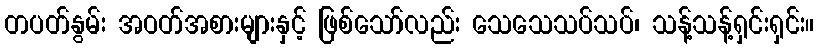
တပတ်နွမ်း အဝတ်အစားများနှင့် ဖြစ်သော်လည်း သေသေသပ်သပ်၊ သန့်သန့်ရှင်းရှင်း။